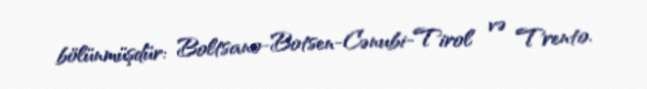
bölünmüşdür: Boltsano-Botsen-Cənubi-Tirol və Trento.